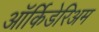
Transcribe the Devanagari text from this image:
ऑर्किडेरिअम